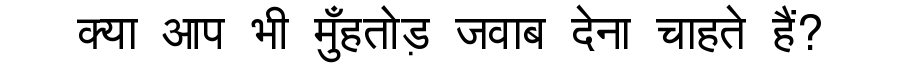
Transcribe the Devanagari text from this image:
क्या आप भी मुँहतोड़ जवाब देना चाहते हैं?